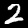
Label: 2